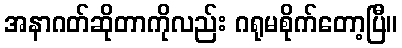
အနာဂတ်ဆိုတာကိုလည်း ဂရုမစိုက်တော့ပြီ။